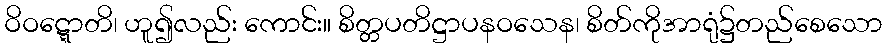
ဝိဝဋ္ဋောတိ၊ ဟူ၍လည်း ကောင်း။ စိတ္တပတိဋ္ဌာပနဝသေန၊ စိတ်ကိုအာရုံ၌တည်စေသော